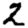
Digit: 2